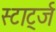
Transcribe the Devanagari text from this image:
स्टार्ट्ज